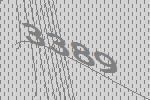
3389